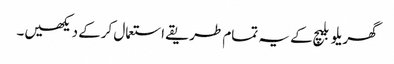
گھریلو بلیچ کے یہ تمام طریقے استعمال کرکے دیکھیں۔